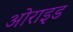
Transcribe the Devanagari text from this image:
ओराइड